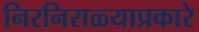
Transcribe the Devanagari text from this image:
निरनिराळ्याप्रकारे